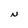
Character: N